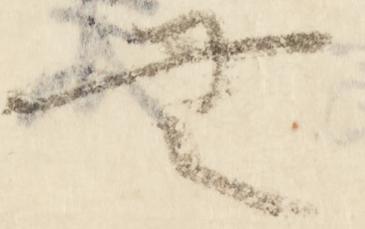
無